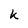
Character: K